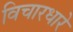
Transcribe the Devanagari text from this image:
विचारधारे